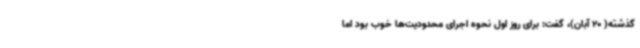
گذشته( 20 آبان)، گفت: برای روز اول نحوه اجرای محدودیت‌ها خوب بود اما